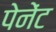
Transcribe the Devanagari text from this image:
पेनेंट